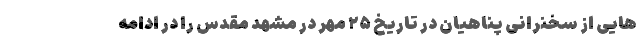
هایی از سخنرانی پناهیان در تاریخ ۲۵ مهر در مشهد مقدس را در ادامه